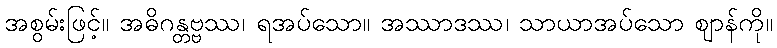
အစွမ်းဖြင့်။ အဓိဂန္တဗ္ဗဿ၊ ရအပ်သော။ အဿာဒဿ၊ သာယာအပ်သော ဈာန်ကို။